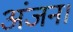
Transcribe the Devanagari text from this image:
अंजन।